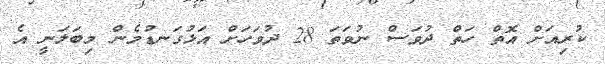
ކުރިއަށް އޮތް ހަތް ދުވަސް ނުވަތަ 28 ދުވަހަށް އަޅުގަނޑުމެން މިބަލަނީ އެ